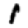
Digit: 1